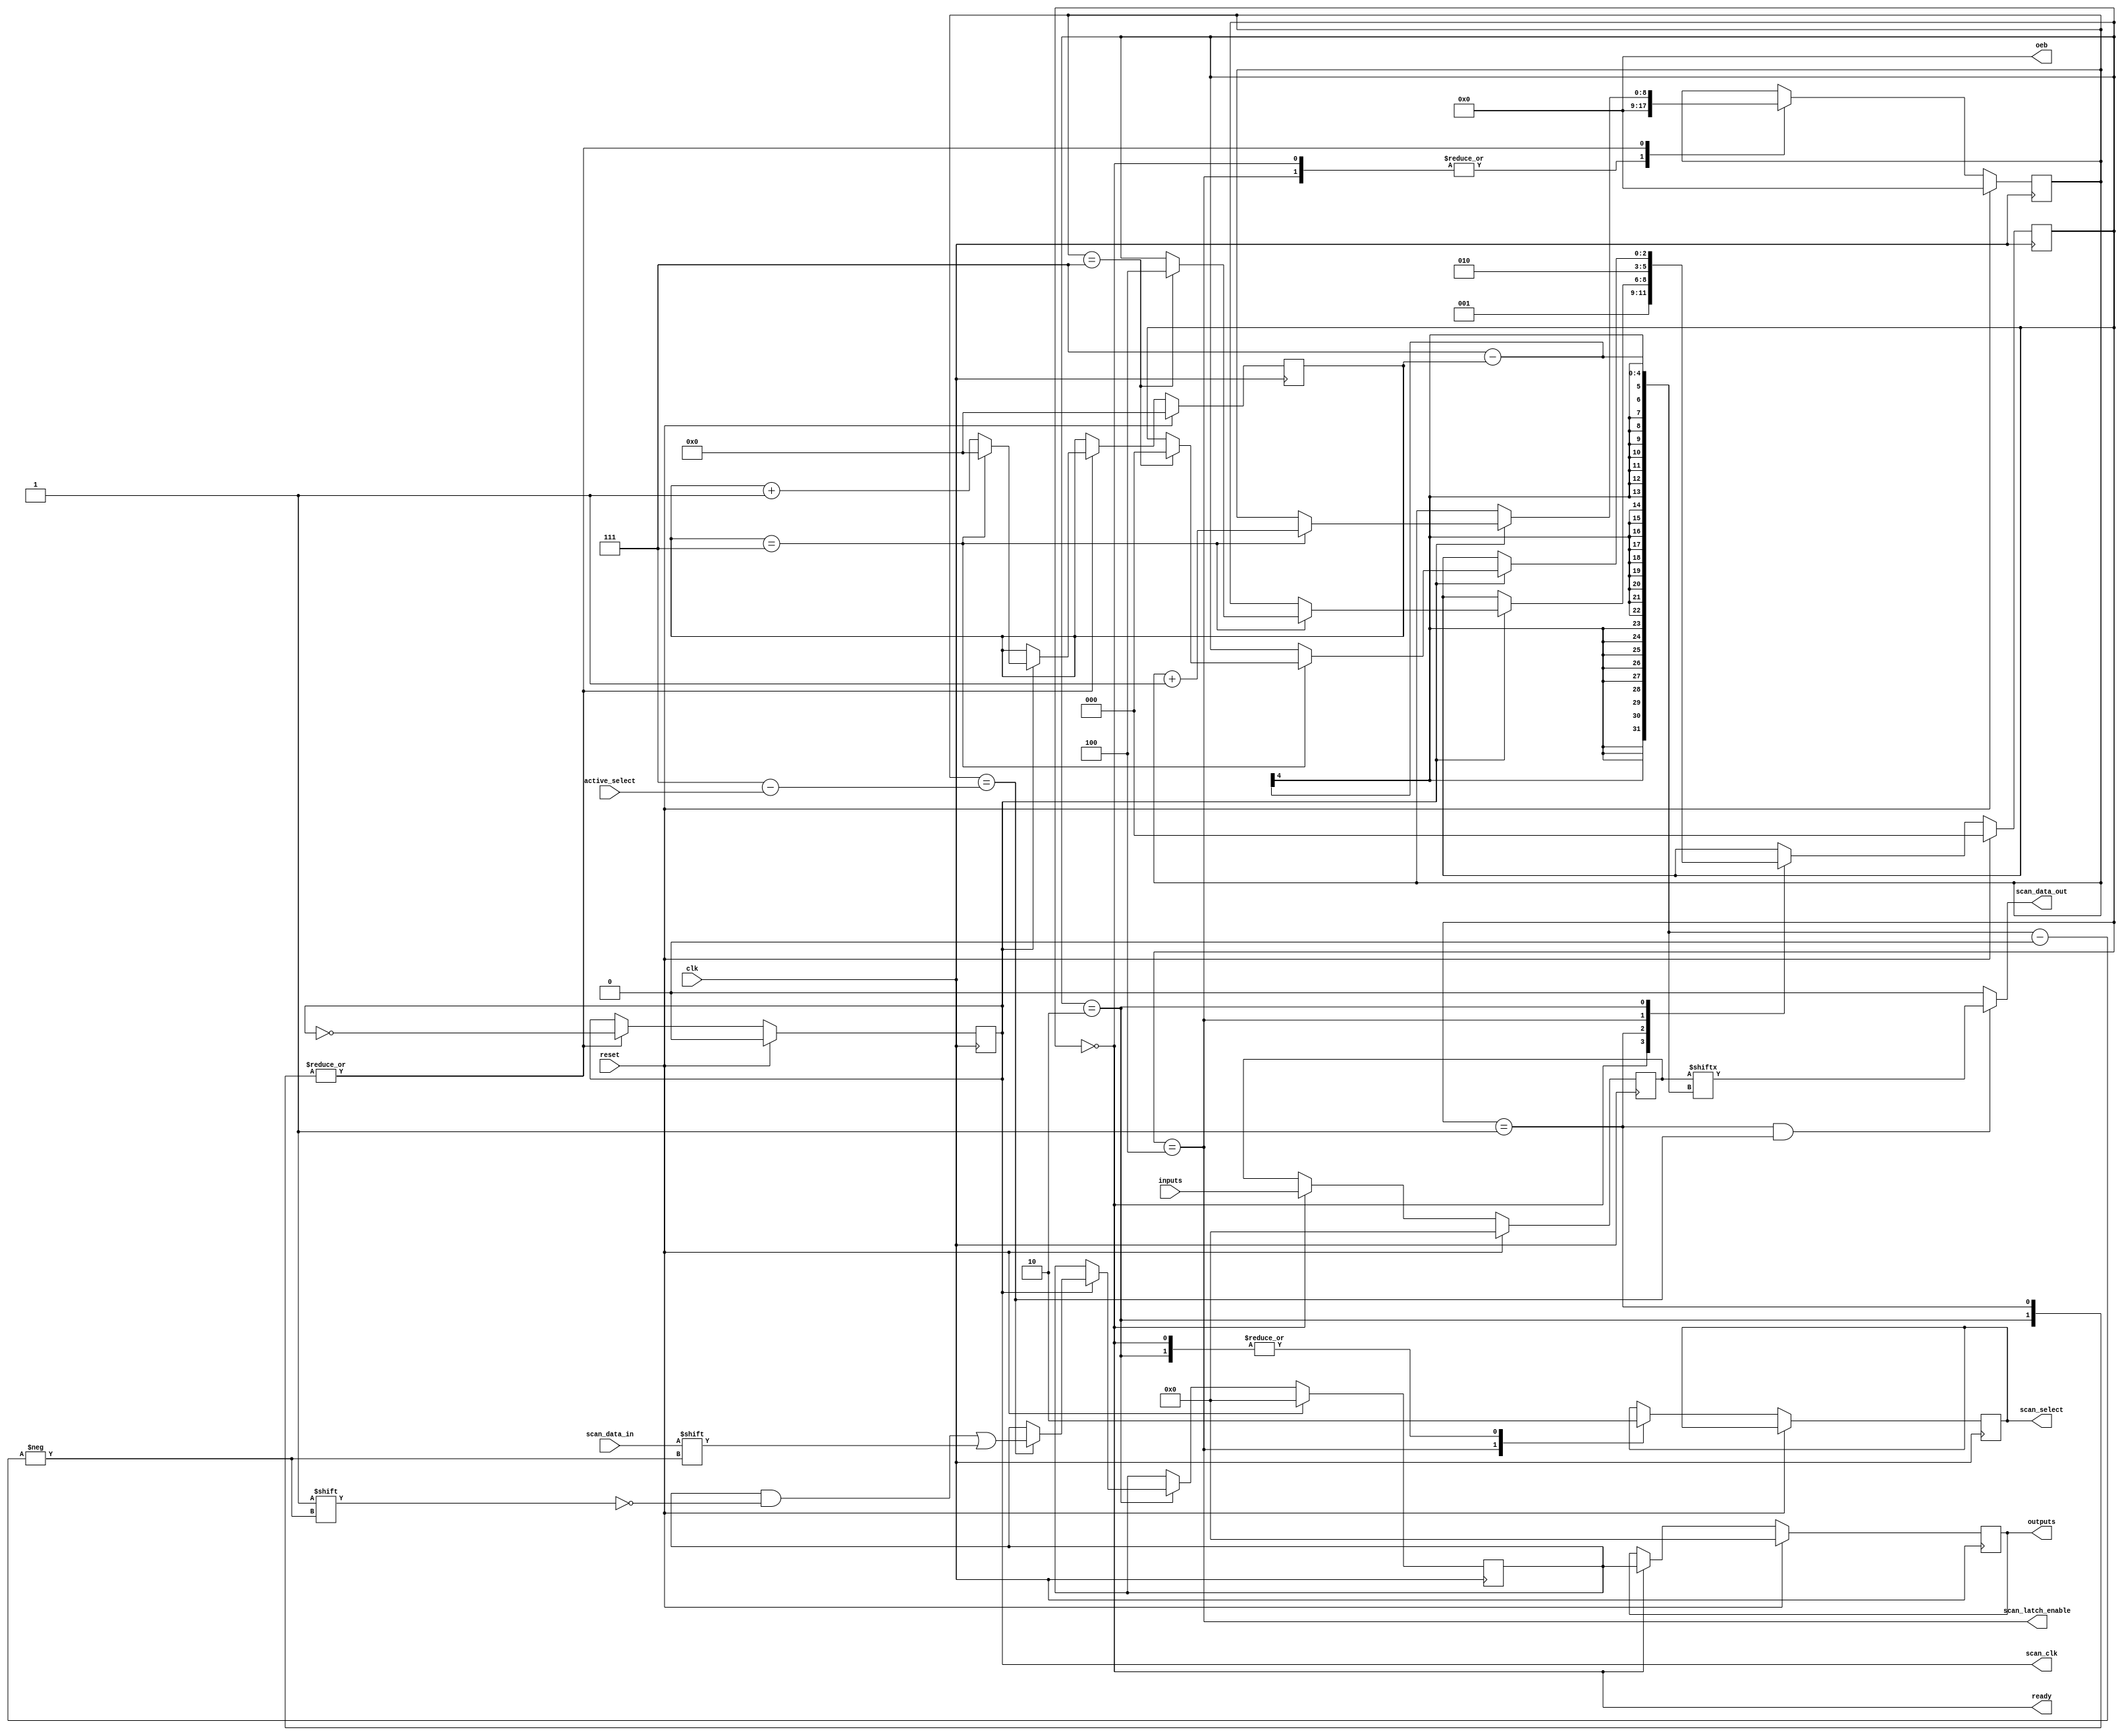
`default_nettype none

module scan_controller (
    input wire clk,
    input wire reset,

    input wire [8:0] active_select,
    input wire [7:0] inputs,
    output wire [7:0] outputs,
    output wire ready,

    // scan chain interface
    output wire scan_clk,
    output wire scan_data_out,
    input wire  scan_data_in,
    output wire scan_select,
    output wire scan_latch_enable,

    // caravel oeb stuff
    output wire [8:0] oeb
    );

    assign oeb = 8'b0;

    parameter NUM_DESIGNS = 8; 
    parameter NUM_IOS     = 8;

    localparam START = 0;
    localparam LOAD = 1;
    localparam READ = 2;
    localparam CAPTURE_STATE = 3;
    localparam LATCH = 4;
                    

    // reg
    reg [8:0] current_design;
    reg [2:0] state;
    reg [3:0] num_io;
    reg scan_clk_r;
    reg scan_select_out_r;

    reg [7:0] inputs_r;
    reg [7:0] outputs_r;
    reg [7:0] output_buf;

    // wires
    assign outputs = outputs_r;
    wire [8:0] active_select_rev = NUM_DESIGNS - 1 - active_select;
    assign ready = state == START;
    assign scan_latch_enable = state == LATCH;
    assign scan_clk = scan_clk_r;
    assign scan_data_out = (state == LOAD && current_design == active_select_rev ) ? inputs_r[NUM_IOS-1-num_io] : 0;
    assign scan_select = scan_select_out_r;

    /*

    LOAD

                                 
    clk    :         
                                                
    scan en: 
                                         
    latch  :      
                                  
    data o :           
             xxxxxxxxxxxxxxxxxxxxxxxxxxxxxxxxxxxx
    data i : xxxxxxxxxxxxxxxxxxxxxxxxxxxxxxxxxxxx


    READ

                         
    clk    :             
                                         
    scan en:      
                                                
    latch  : 
             xxxxxxxxxxxxxxxxxxxxxxxxxxxxxxxxxxxx
    data o : xxxxxxxxxxxxxxxxxxxxxxxxxxxxxxxxxxxx
                                  
    data i :           

    */

    // FSM
    always @(posedge clk) begin
        if(reset) begin
            current_design <= 0;
            state <= START; 
            inputs_r <= 0;
            outputs_r <= 0;
            scan_clk_r <= 0;
            num_io <= 0;
            output_buf <= 0;
        end else begin
            case(state)
                START: begin
                    state <= LOAD;
                    inputs_r <= inputs;
                    outputs_r <= output_buf;
                    current_design <= 0;
                    scan_select_out_r <= 0;
                end

                LOAD: begin
                    scan_clk_r <= ~scan_clk_r;
                    if(scan_clk_r) begin
                        num_io <= num_io + 1;

                        if(num_io == NUM_IOS - 1) begin
                            num_io <= 0;
                            current_design <= current_design + 1;
                        
                            if(current_design == NUM_DESIGNS - 1)
                                state <= LATCH;
                        end

                    end

                end
                LATCH: begin
                    state <= READ;
                    current_design <= 0;
                    scan_select_out_r <= 1;
                end
            
                READ: begin
                    scan_select_out_r <= 0;
                    scan_clk_r <= ~scan_clk_r;
                    if(scan_clk_r) begin
                        num_io <= num_io + 1;
                        if(current_design == active_select_rev)
                            output_buf[NUM_IOS-1-num_io] <= scan_data_in;

                        if(num_io == NUM_IOS - 1) begin
                            num_io <= 0;
                            current_design <= current_design + 1;


                            if(current_design == NUM_DESIGNS - 1) begin
                                state <= START;
                            end
                        end
                    end
                end
            endcase
        end
    end

endmodule